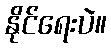
နိုင်ရေးပဲ။